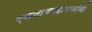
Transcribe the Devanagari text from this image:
एकनाथमहाराजांनी